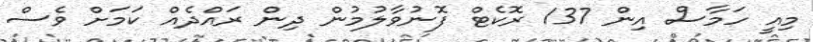
މިއީ ހަމާސް އިން 137 ރޮކެޓް ފޮނުވާލުމުން ދިން ރައްދެއް ކަމަށް ވެސް